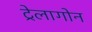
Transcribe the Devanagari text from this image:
ट्रेलागोन